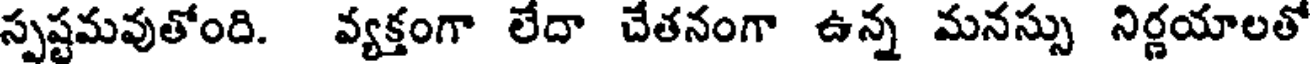
స్పష్టమవుతోంది. వ్యక్తంగా లేదా చేతనంగా ఉన్న మనస్సు నిర్ణయాలతో